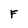
Character: F